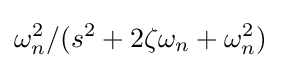
\omega _{n}^{2}/(s^{2}+2\zeta \omega _{n}+\omega _{n}^{2})